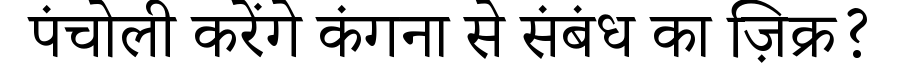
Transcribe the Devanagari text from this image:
पंचोली करेंगे कंगना से संबंध का ज़िक्र?